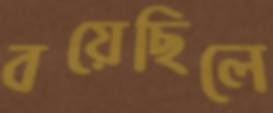
বয়েছিলে